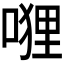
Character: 𭉭